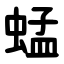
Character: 蜢